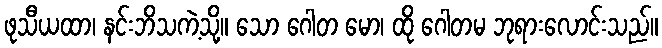
ဖုသီယထာ၊ နင်းဘိသကဲ့သို့။ သော ဂေါတ မော၊ ထို ဂေါတမ ဘုရားလောင်းသည်။